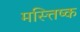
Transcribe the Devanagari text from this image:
मस्त्तिष्क